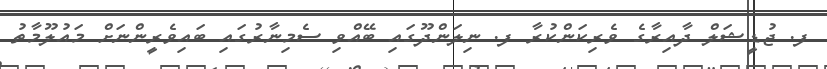
ފ. ޖުޑީޝަލް ދާއިރާގެ ވެރިކަންކުރާ ފ. ނިލަންދޫގައި ބޭއްވި ސެމިނާރުގައި ބައިވެރީންނަށް މައުލޫމާތު